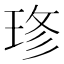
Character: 𤥬